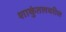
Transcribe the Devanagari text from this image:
शाकुंतलवरील